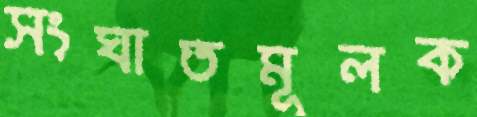
সংঘাতমূলক